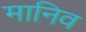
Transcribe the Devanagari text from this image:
मानिव